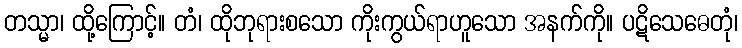
တသ္မာ၊ ထို့ကြောင့်။ တံ၊ ထိုဘုရားစသော ကိုးကွယ်ရာဟူသော အနက်ကို။ ပဋိသေဓေတုံ၊